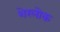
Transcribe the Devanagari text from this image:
शेरलोक